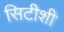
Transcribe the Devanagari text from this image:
सिटीशी